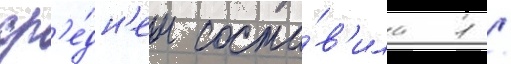
ср'е́дн'ем соста́в'ила 1 /